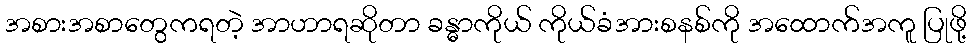
အစားအစာတွေကရတဲ့ အာဟာရဆိုတာ ခန္ဓာကိုယ် ကိုယ်ခံအားစနစ်ကို အထောက်အကူ ပြုဖို့